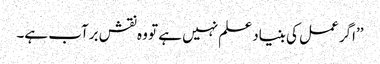
’’اگر عمل کی بنیاد علم نہیں ہے تو وہ نقش برآب ہے۔